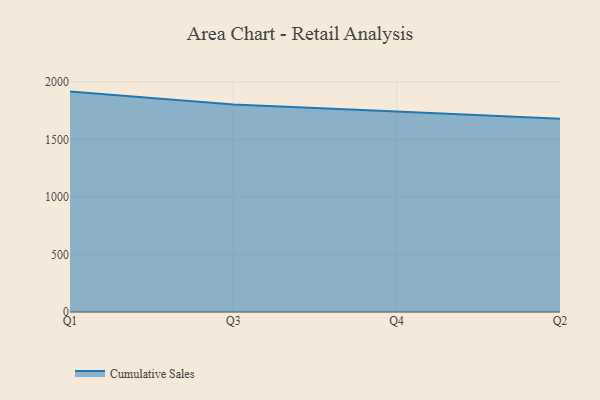
{"axis": {"x": "Quarter", "y": "Conversion Rate (%)"}, "legend": ["Cumulative Sales"], "data": [{"x": "Q1", "y": 1914.8, "type": "Cumulative Sales"}, {"x": "Q3", "y": 1802.8, "type": "Cumulative Sales"}, {"x": "Q4", "y": 1741.8, "type": "Cumulative Sales"}, {"x": "Q2", "y": 1679.0, "type": "Cumulative Sales"}]}